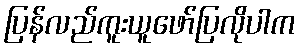
ပြန်လည်ကူးယူဖော်ပြလိုပါက